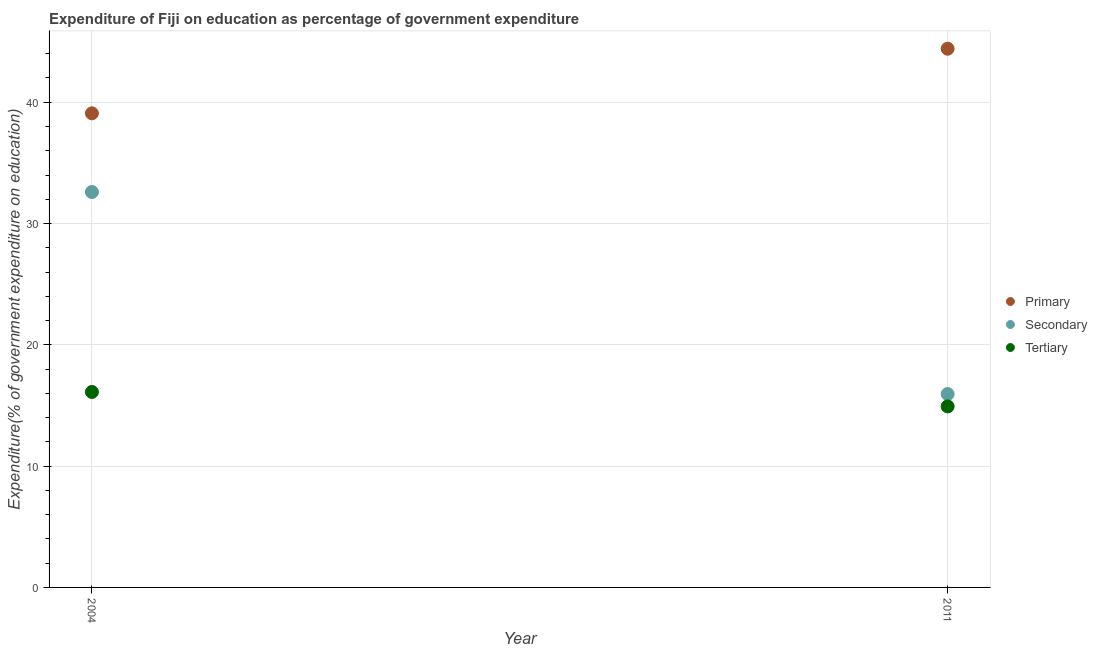
| Year | Primary | Secondary | Tertiary |
 | --- | --- | --- | --- |
 | 2004 | 39.1 | 32.6 | 16.1 |
 | 2011 | 44.4 | 15.9 | 14.9 |